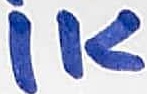
Text: 1K